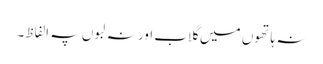
نہ ہاتھوں میں گلاب اور نہ لبوں پہ الفاظ۔